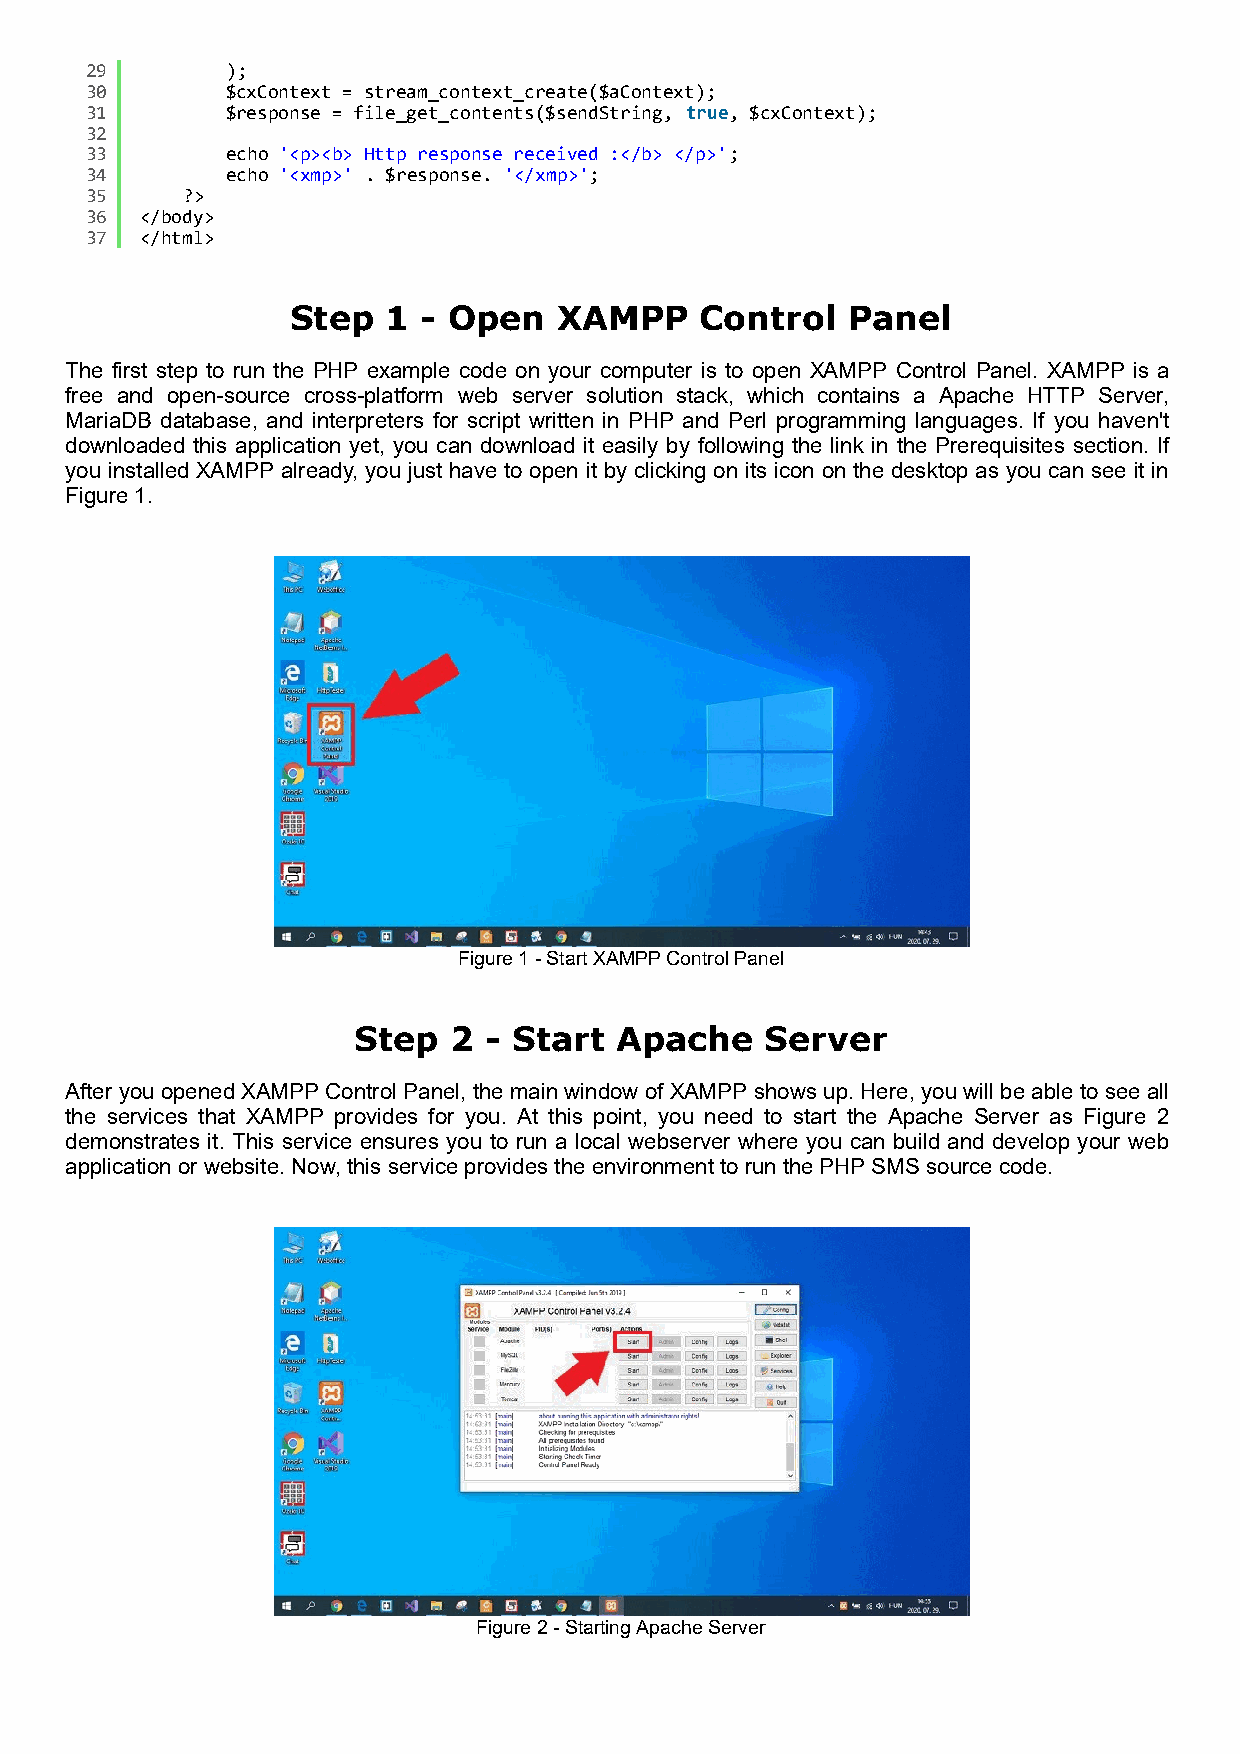
29       );
 30       $cxContext = stream_context_create($aContext);
 31       $response = file_get_contents($sendString, true, $cxContext);
 32
 33       echo '<p><b> Http response received :</b> </p>';
 34       echo '<xmp>' . $response. '</xmp>';
 35    ?>
 36 </body>
 37 </html>
 Step   1 - Open   XAMPP    Control   Panel
 The first step to run the PHP example code on your computer is to open XAMPP Control Panel. XAMPP is a
 free and open-source cross-platform web server solution stack, which contains a Apache HTTP Server,
 MariaDB database, and interpreters for script written in PHP and Perl programming languages. If you haven't
 downloaded this application yet, you can download it easily by following the link in the Prerequisites section. If
 you installed XAMPP already, you just have to open it by clicking on its icon on the desktop as you can see it in
 Figure 1.
 Figure 1 - Start XAMPP Control Panel
 Step   2 - Start  Apache    Server
 After you opened XAMPP Control Panel, the main window of XAMPP shows up. Here, you will be able to see all
 the services that XAMPP provides for you. At this point, you need to start the Apache Server as Figure 2
 demonstrates it. This service ensures you to run a local webserver where you can build and develop your web
 application or website. Now, this service provides the environment to run the PHP SMS source code.
 Figure 2 - Starting Apache Server